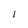
Character: l